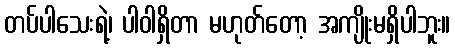
တပ်ပါသေးရဲ့၊ ပါဝါရှိတာ မဟုတ်တော့ အကျိုးမရှိပါဘူး။